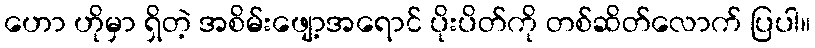
ဟော ဟိုမှာ ရှိတဲ့ အစိမ်းဖျော့အရောင် ပိုးပိတ်ကို တစ်ဆိတ်လောက် ပြပါ။